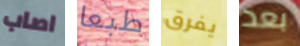
اصاب طبعا يفرق بعد